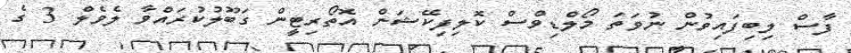
ފާސް ލިބިފައިވުން ނުވަތަ މޯލްޑިވްސް ކޮލިފިކޭޝަން އޮތޯރިޓީން ގަބޫލުކުރައްވާ ލެވެލް 3 ގެ